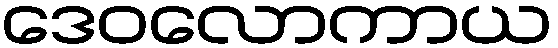
ဒေဝလောကာယ